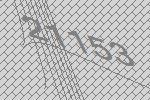
21153